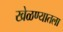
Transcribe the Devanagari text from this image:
खेळण्यातला